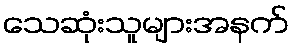
သေဆုံးသူများအနက်